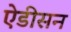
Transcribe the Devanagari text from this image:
ऐडीसन